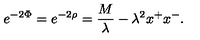
e ^ { - 2 \Phi } = e ^ { - 2 \rho } = { \frac { M } { \lambda } } - \lambda ^ { 2 } x ^ { + } x ^ { - } .